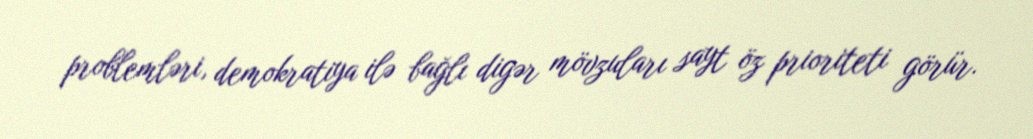
problemləri, demokratiya ilə bağlı digər mövzuları sayt öz prioriteti görür.